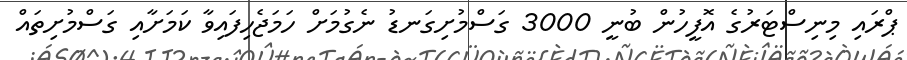
ޕްރައި މިނިސްޓަރުގެ އޮފީހުން ބުނީ 3000 ގަސްމުށިގަނޑު ނެގުމަށް ހަމަޖެހިފައިވާ ކަމަށާއި ގަސްމުށިތައް